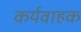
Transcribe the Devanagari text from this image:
कर्यवाहक